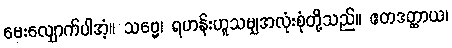
မေးလျှောက်ပါအံ့။ သဗ္ဗေ၊ ရဟန်းဟူသမျှအလုံးစုံတို့သည်။ ဧတဒတ္ထာယ၊